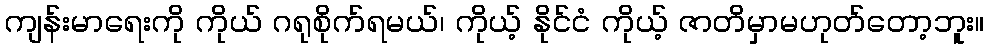
ကျန်းမာရေးကို ကိုယ် ဂရုစိုက်ရမယ်၊ ကိုယ့် နိုင်ငံ ကိုယ့် ဇာတိမှာမဟုတ်တော့ဘူး။